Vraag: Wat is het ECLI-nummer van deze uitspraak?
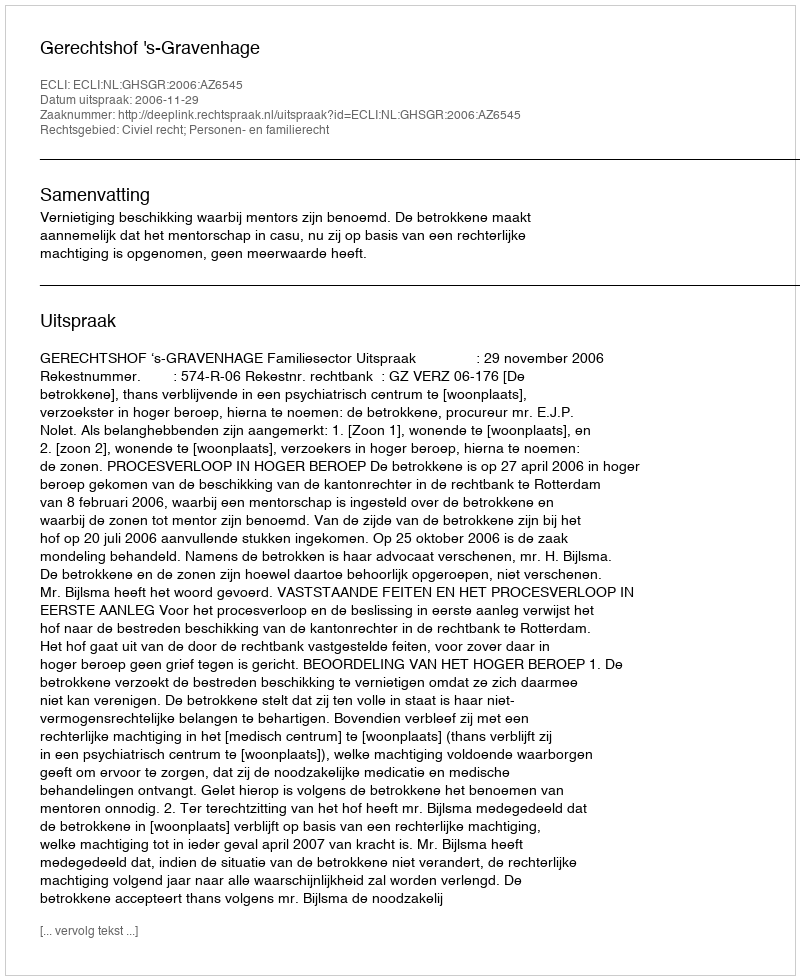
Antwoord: ECLI:NL:GHSGR:2006:AZ6545